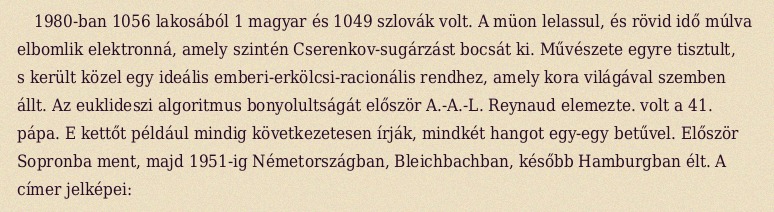
1980-ban 1056 lakosából 1 magyar és 1049 szlovák volt. A müon lelassul, és rövid idő múlva elbomlik elektronná, amely szintén Cserenkov-sugárzást bocsát ki. Művészete egyre tisztult, s került közel egy ideális emberi-erkölcsi-racionális rendhez, amely kora világával szemben állt. Az euklideszi algoritmus bonyolultságát először A.-A.-L. Reynaud elemezte. volt a 41. pápa. E kettőt például mindig következetesen írják, mindkét hangot egy-egy betűvel. Először Sopronba ment, majd 1951-ig Németországban, Bleichbachban, később Hamburgban élt. A címer jelképei: